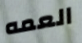
العمه